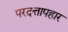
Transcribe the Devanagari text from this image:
परदत्तापहार